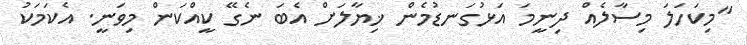
"މިކަހަލަ މިސާލެއް ދިނީމަ އަޅުގަނޑުމެން ޚިޔާލަށް އެބަ ނެގޭ ކީއްކަން މިވަނީ. އެކަމަކު